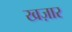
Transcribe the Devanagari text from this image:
खज़ार